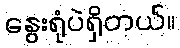
နွေးရုံပဲရှိတယ်။